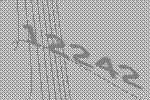
12242